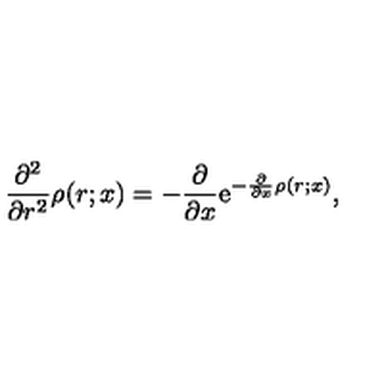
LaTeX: \frac { \partial ^ { 2 } } { \partial r ^ { 2 } } \rho ( r ; x ) = - \frac { \partial } { \partial x } \mathrm { e } ^ { - \frac { \partial } { \partial x } \rho ( r ; x ) } ,